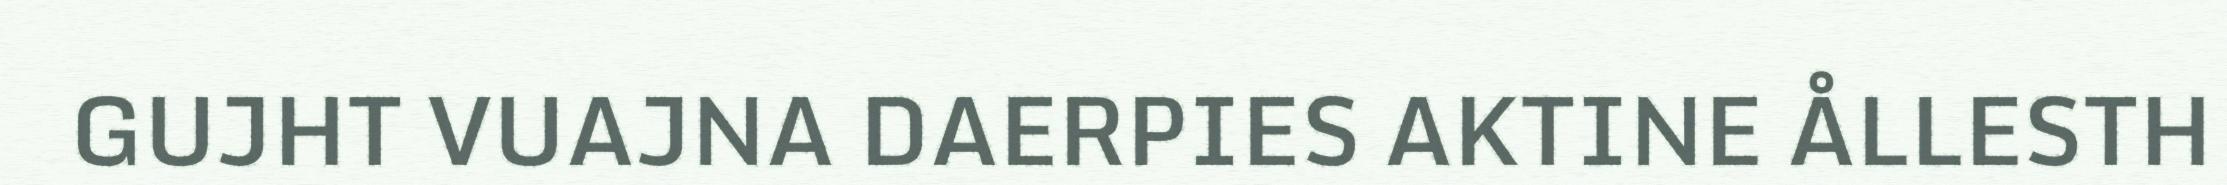
GUJHT VUAJNA DAERPIES AKTINE ÅLLESTH